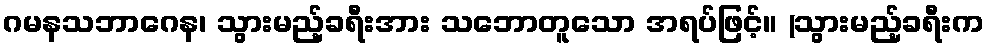
ဂမနသဘာဂေန၊ သွားမည့်ခရီးအား သဘောတူသော အရပ်ဖြင့်။ (သွားမည့်ခရီးက